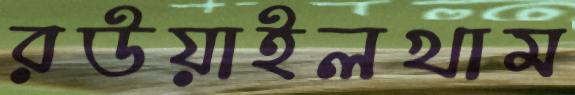
রউয়াইলখাম